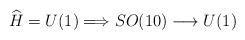
LaTeX: \begin{align*}\widehat{H}= U(1) \Longrightarrow SO(10) \longrightarrow U(1)\end{align*}